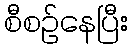
စီစဉ်နေပြီး